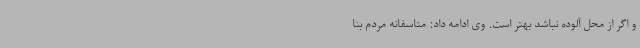
و اگر از محل آلوده نباشد بهتر است. وی ادامه داد: متاسفانه مردم بنا